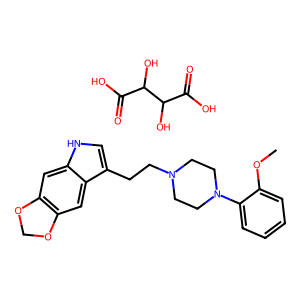
SMILES: COc1ccccc1N1CCN(CCc2c[nH]c3cc4c(cc23)OCO4)CC1.O=C(O)C(O)C(O)C(=O)O
Inhibits HIV replication: No